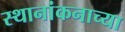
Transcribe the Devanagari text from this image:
स्थानांकनाच्या